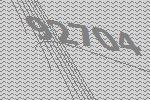
92704